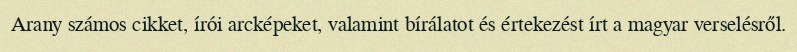
Arany számos cikket, írói arcképeket, valamint bírálatot és értekezést írt a magyar verselésről.